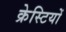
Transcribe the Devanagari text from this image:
क्रेस्टियों